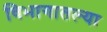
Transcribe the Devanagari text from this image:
विभागातल्या